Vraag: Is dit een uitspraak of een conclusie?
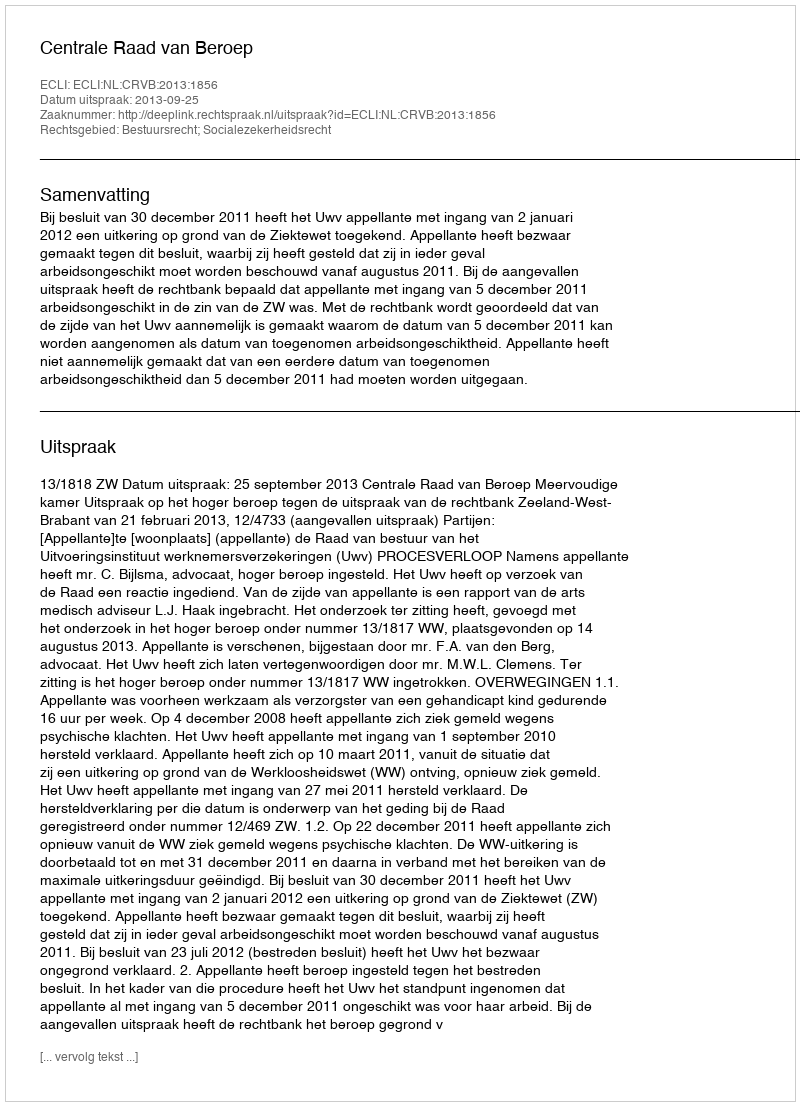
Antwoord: Uitspraak